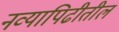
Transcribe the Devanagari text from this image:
नव्यापिढीतील